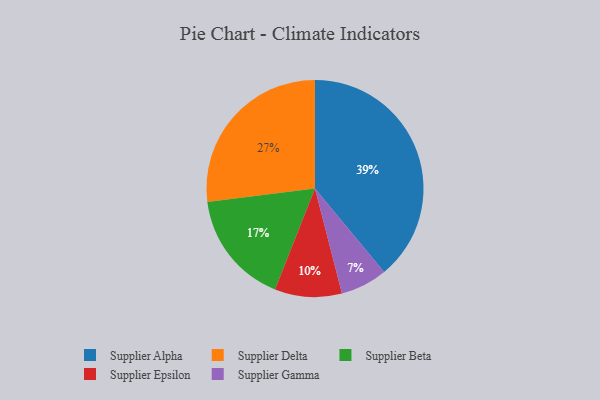
{"axis": {"x": "Category", "y": "Percentage"}, "legend": ["Supplier Alpha", "Supplier Beta", "Supplier Delta", "Supplier Epsilon", "Supplier Gamma"], "data": [{"x": "Supplier Alpha", "y": 39, "type": "Supplier Alpha"}, {"x": "Supplier Delta", "y": 27, "type": "Supplier Delta"}, {"x": "Supplier Beta", "y": 17, "type": "Supplier Beta"}, {"x": "Supplier Epsilon", "y": 10, "type": "Supplier Epsilon"}, {"x": "Supplier Gamma", "y": 7, "type": "Supplier Gamma"}]}